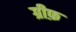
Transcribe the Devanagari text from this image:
ग्रीफ़